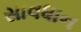
સાવધાન